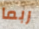
ربما